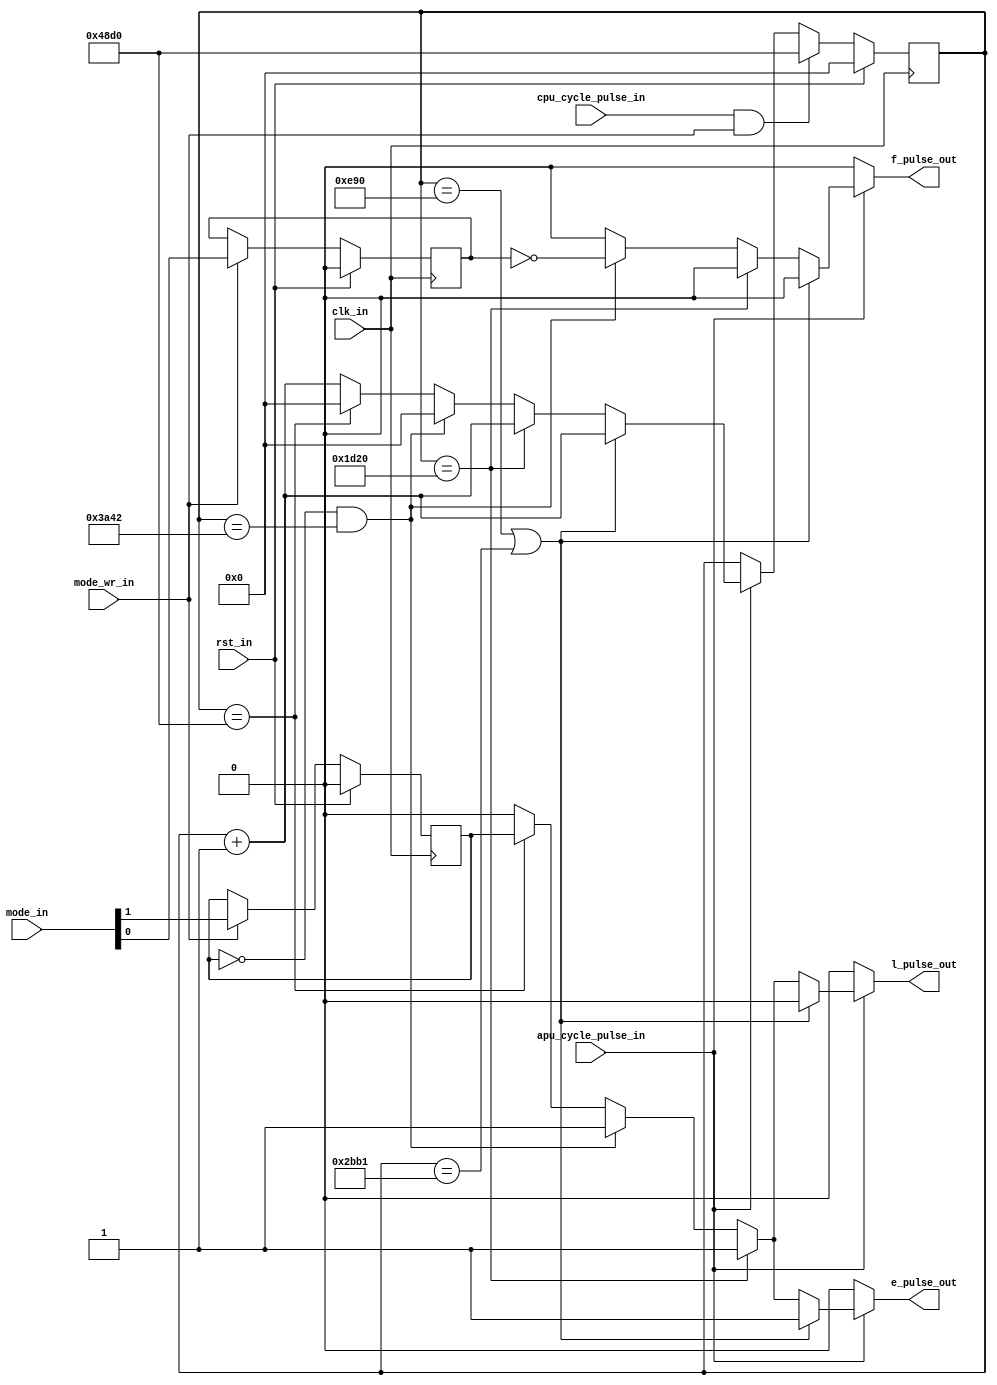
/***************************************************************************************************
** fpga_nes/hw/src/cpu/apu/apu_frame_counter.v
*
*  Copyright (c) 2012, Brian Bennett
*  All rights reserved.
*
*  Redistribution and use in source and binary forms, with or without modification, are permitted
*  provided that the following conditions are met:
*
*  1. Redistributions of source code must retain the above copyright notice, this list of conditions
*     and the following disclaimer.
*  2. Redistributions in binary form must reproduce the above copyright notice, this list of
*     conditions and the following disclaimer in the documentation and/or other materials provided
*     with the distribution.
*
*  THIS SOFTWARE IS PROVIDED BY THE COPYRIGHT HOLDERS AND CONTRIBUTORS "AS IS" AND ANY EXPRESS OR
*  IMPLIED WARRANTIES, INCLUDING, BUT NOT LIMITED TO, THE IMPLIED WARRANTIES OF MERCHANTABILITY AND
*  FITNESS FOR A PARTICULAR PURPOSE ARE DISCLAIMED. IN NO EVENT SHALL THE COPYRIGHT OWNER OR
*  CONTRIBUTORS BE LIABLE FOR ANY DIRECT, INDIRECT, INCIDENTAL, SPECIAL, EXEMPLARY, OR CONSEQUENTIAL
*  DAMAGES (INCLUDING, BUT NOT LIMITED TO, PROCUREMENT OF SUBSTITUTE GOODS OR SERVICES; LOSS OF USE,
*  DATA, OR PROFITS; OR BUSINESS INTERRUPTION) HOWEVER CAUSED AND ON ANY THEORY OF LIABILITY,
*  WHETHER IN CONTRACT, STRICT LIABILITY, OR TORT (INCLUDING NEGLIGENCE OR OTHERWISE) ARISING IN ANY
*  WAY OUT OF THE USE OF THIS SOFTWARE, EVEN IF ADVISED OF THE POSSIBILITY OF SUCH DAMAGE.
*
*  APU frame counter sub-block.
***************************************************************************************************/

module apu_frame_counter
(
  input  wire       clk_in,              // system clock signal
  input  wire       rst_in,              // reset signal
  input  wire       cpu_cycle_pulse_in,  // 1 clk pulse on every cpu cycle
  input  wire       apu_cycle_pulse_in,  // 1 clk pulse on every apu cycle
  input  wire [1:0] mode_in,             // mode ([0] = IRQ inhibit, [1] = sequence mode)
  input  wire       mode_wr_in,          // update mode
  output reg        e_pulse_out,         // envelope and linear counter pulse (~240 Hz)
  output reg        l_pulse_out,         // length counter and sweep pulse (~120 Hz)
  output reg        f_pulse_out          // frame pulse (~60Hz, should drive IRQ)
);

reg [14:0] q_apu_cycle_cnt, d_apu_cycle_cnt;
reg        q_seq_mode,      d_seq_mode;
reg        q_irq_inhibit,   d_irq_inhibit;

always @(posedge clk_in)
  begin
    if (rst_in)
      begin
        q_apu_cycle_cnt <= 15'h0000;
        q_seq_mode      <= 1'b0;
        q_irq_inhibit   <= 1'b0;
      end
    else
      begin
        q_apu_cycle_cnt <= d_apu_cycle_cnt;
        q_seq_mode      <= d_seq_mode;
        q_irq_inhibit   <= d_irq_inhibit;
      end
  end

always @*
  begin
    d_apu_cycle_cnt = q_apu_cycle_cnt;
    d_seq_mode      = (mode_wr_in) ? mode_in[1] : q_seq_mode;
    d_irq_inhibit   = (mode_wr_in) ? mode_in[0] : q_irq_inhibit;

    e_pulse_out = 1'b0;
    l_pulse_out = 1'b0;
    f_pulse_out = 1'b0;

    if (apu_cycle_pulse_in)
      begin
        d_apu_cycle_cnt = q_apu_cycle_cnt + 15'h0001;

        if ((q_apu_cycle_cnt == 15'h0E90) || (q_apu_cycle_cnt == 15'h2BB1))
          begin
            e_pulse_out = 1'b1;
          end
        else if (q_apu_cycle_cnt == 15'h1D20)
          begin
            e_pulse_out = 1'b1;
            l_pulse_out = 1'b1;
          end
        else if (!q_seq_mode && (q_apu_cycle_cnt == 15'h3A42))
          begin
            e_pulse_out = 1'b1;
            l_pulse_out = 1'b1;
            f_pulse_out = ~q_irq_inhibit;

            d_apu_cycle_cnt = 15'h0000;
          end
        else if ((q_apu_cycle_cnt == 15'h48d0))
          begin
            e_pulse_out = q_seq_mode;
            l_pulse_out = q_seq_mode;

            d_apu_cycle_cnt = 15'h0000;
          end
      end

      if (cpu_cycle_pulse_in && mode_wr_in)
        d_apu_cycle_cnt = 15'h48d0;
  end

endmodule